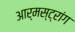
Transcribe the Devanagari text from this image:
आर्मस्‍ट्रांग